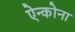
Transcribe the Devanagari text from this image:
ऐन्कोना